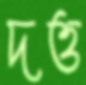
দত্ত